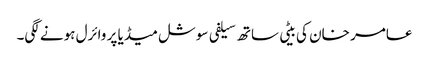
عامر خان کی بیٹی ساتھ سیلفی سوشل میڈیا پر وائرل ہونے لگی۔